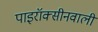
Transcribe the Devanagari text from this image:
पाइरॉक्सीनवाली